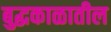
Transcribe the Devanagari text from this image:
बुद्धकाळातील